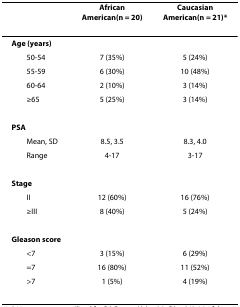
<table><thead><tr><td></td><td><b>African American(n = 20)</b></td><td><b>Caucasian American(n = 21)*</b></td></tr></thead><tbody><tr><td><b>Age (years)</b></td><td></td><td></td></tr><tr><td> 50-54</td><td>7 (35%)</td><td>5 (24%)</td></tr><tr><td> 55-59</td><td>6 (30%)</td><td>10 (48%)</td></tr><tr><td> 60-64</td><td>2 (10%)</td><td>3 (14%)</td></tr><tr><td> ≥65</td><td>5 (25%)</td><td>3 (14%)</td></tr><tr><td><b>PSA</b></td><td></td><td></td></tr><tr><td> Mean, SD</td><td>8.5, 3.5</td><td>8.3, 4.0</td></tr><tr><td> Range</td><td>4-17</td><td>3-17</td></tr><tr><td><b>Stage</b></td><td></td><td></td></tr><tr><td> II</td><td>12 (60%)</td><td>16 (76%)</td></tr><tr><td> ≥III</td><td>8 (40%)</td><td>5 (24%)</td></tr><tr><td><b>Gleason score</b></td><td></td><td></td></tr><tr><td> &lt;7</td><td>3 (15%)</td><td>6 (29%)</td></tr><tr><td> =7</td><td>16 (80%)</td><td>11 (52%)</td></tr><tr><td> &gt;7</td><td>1 (5%)</td><td>4 (19%)</td></tr></tbody></table>